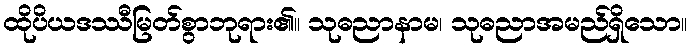
ထိုပိယဒဿီမြတ်စွာဘုရား၏။ သုဓညာနာမ၊ သုဓညာအမည်ရှိသော။